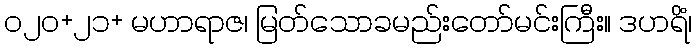
၀၂၀+၂၁+ မဟာရာဇ၊ မြတ်သောခမည်းတော်မင်းကြီး။ ဒဟရိံ၊